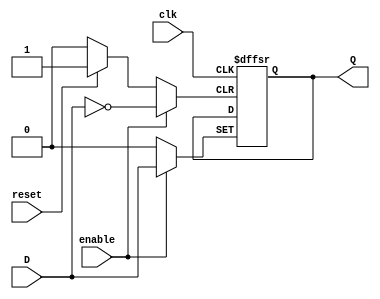
// Ejercicio #1 -- flip flop D
// Fli flop de 1 bit
module FFD (input D,clk, reset,enable, output reg Q );

  always @ (posedge clk or posedge reset or posedge enable) begin
// proceso del flip flop
  if (reset )
    Q <= 1'b0;
  else if (enable)
   Q <= D;
   else
    Q <= Q;
  end

endmodule //FDDE